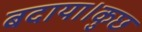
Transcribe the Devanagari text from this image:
बदाया।कुछ